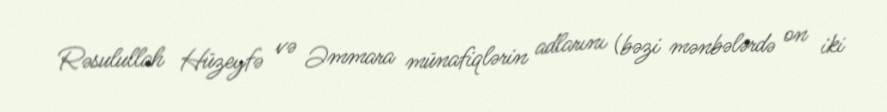
Rəsulullah Hüzeyfə və Əmmara münafiqlərin adlarını (bəzi mənbələrdə on iki